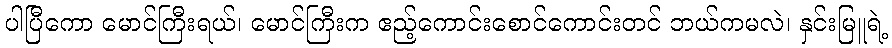
ပါပြီကော မောင်ကြီးရယ်၊ မောင်ကြီးက ဧည့်ကောင်းစောင်ကောင်းတင် ဘယ်ကမလဲ၊ နှင်းမြူရဲ့